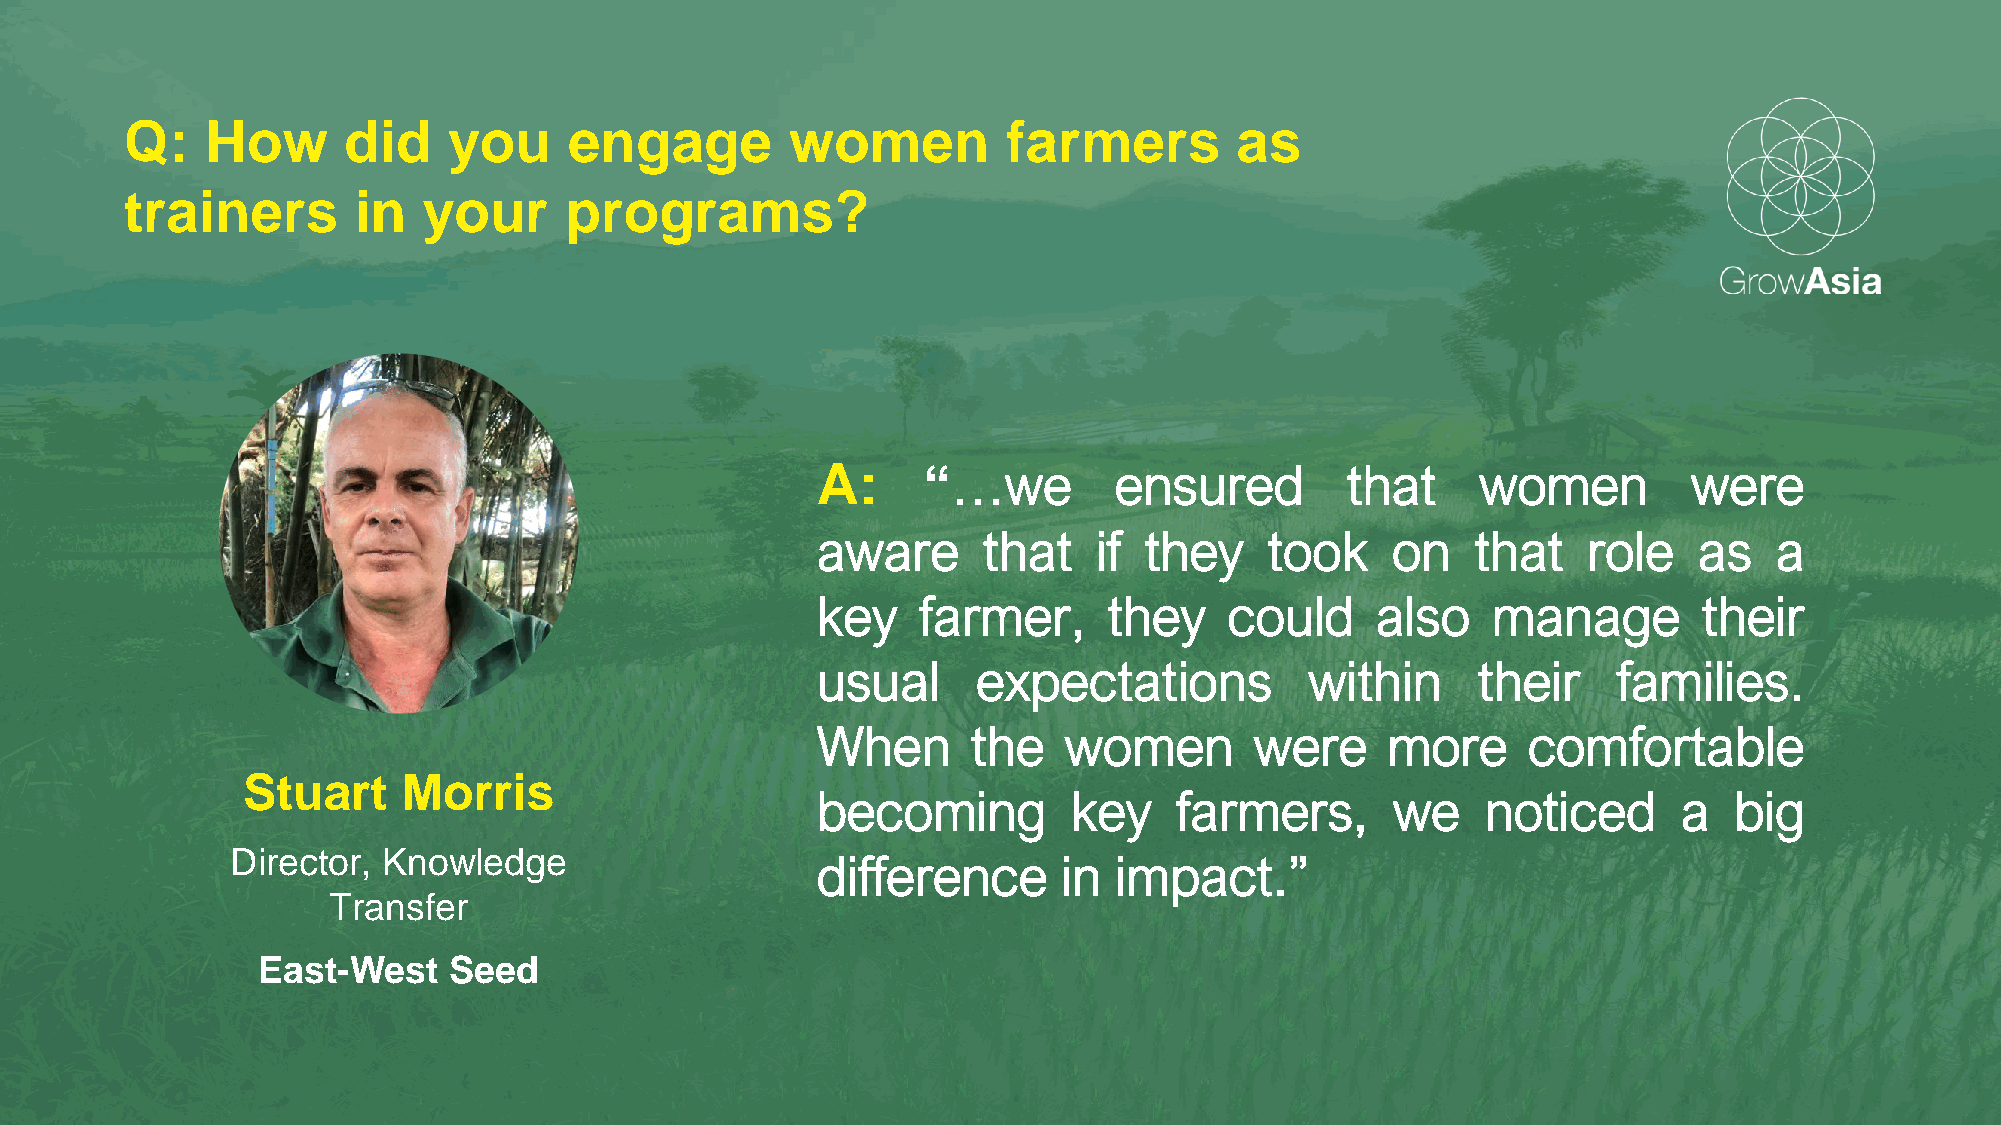
Q:    How      did    you     engage        women          farmers        as
 trainers       in   your     programs?
 A:     “…we         ensured        that     women         were
 aware      that    if they    took    on    that   role   as    a
 key    farmer,     they    could     also    manage        their
 usual      expectations          within     their    families.
 When      the   women        were     more     comfortable
 Stuart     Morris
 becoming         key    farmers,      we    noticed      a   big
 Director, Knowledge
 difference      in  impact.”
 Transfer
 East-West    Seed